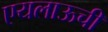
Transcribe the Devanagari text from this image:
एयलाऊची